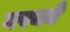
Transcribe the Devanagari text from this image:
घरको